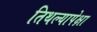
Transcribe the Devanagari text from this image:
तिथल्यापेक्षा